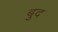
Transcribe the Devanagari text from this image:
बुद